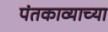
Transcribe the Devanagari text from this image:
पंतकाव्याच्या